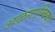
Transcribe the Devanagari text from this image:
अऴगाम्बिका